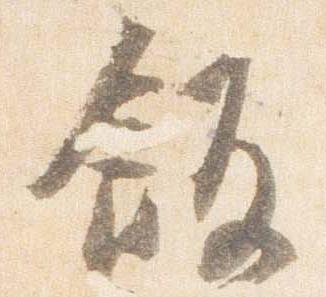
飯